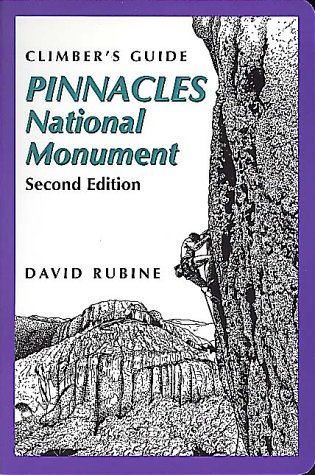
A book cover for Climber's Guide to Pinnacles National Monument (Regional Rock Climbing Series); David Rubine; Sports & Outdoors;